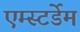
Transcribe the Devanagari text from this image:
एम्स्टर्डेम